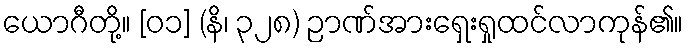
ယောဂီတို့။ [၀၁] (နိ၊ ၃၂၈) ဉာဏ်အားရှေးရှုထင်လာကုန်၏။